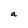
Character: a